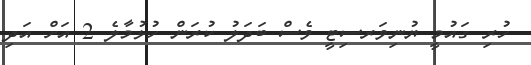
ހުރި ގައުމީ ޔުނިވަރސިޓީ ވެސް ބަދަލު ކުރަން ހުޅުމާލެ 2 އަށް އަދި